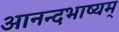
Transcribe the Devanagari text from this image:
आनन्दभाष्यम्